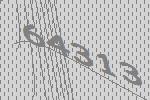
64313